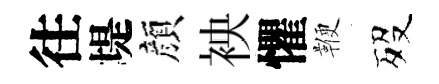
往堤顔䘧懼鞭歿